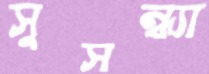
সুসন্ধ্যা